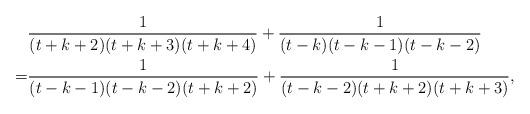
LaTeX: \begin{align*}& \frac{1}{(t+k+2)(t+k+3)(t+k+4)}+\frac{1}{(t-k)(t-k-1)(t-k-2)}\\=&\frac{1}{(t-k-1)(t-k-2)(t+k+2)}+ \frac{1}{(t-k-2)(t+k+2)(t+k+3)},\end{align*}